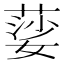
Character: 䓾